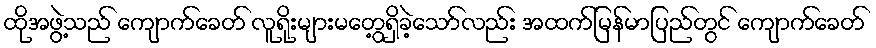
ထိုအဖွဲ့သည် ကျောက်ခေတ် လူရိုးများမတွေ့ရှိခဲ့သော်လည်း အထက်မြန်မာပြည်တွင် ကျောက်ခေတ်